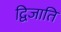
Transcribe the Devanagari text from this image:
द्विजाति